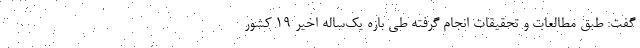
گفت: طبق مطالعات و تحقیقات انجام گرفته طی بازه یک‌ساله اخیر 19 کشور